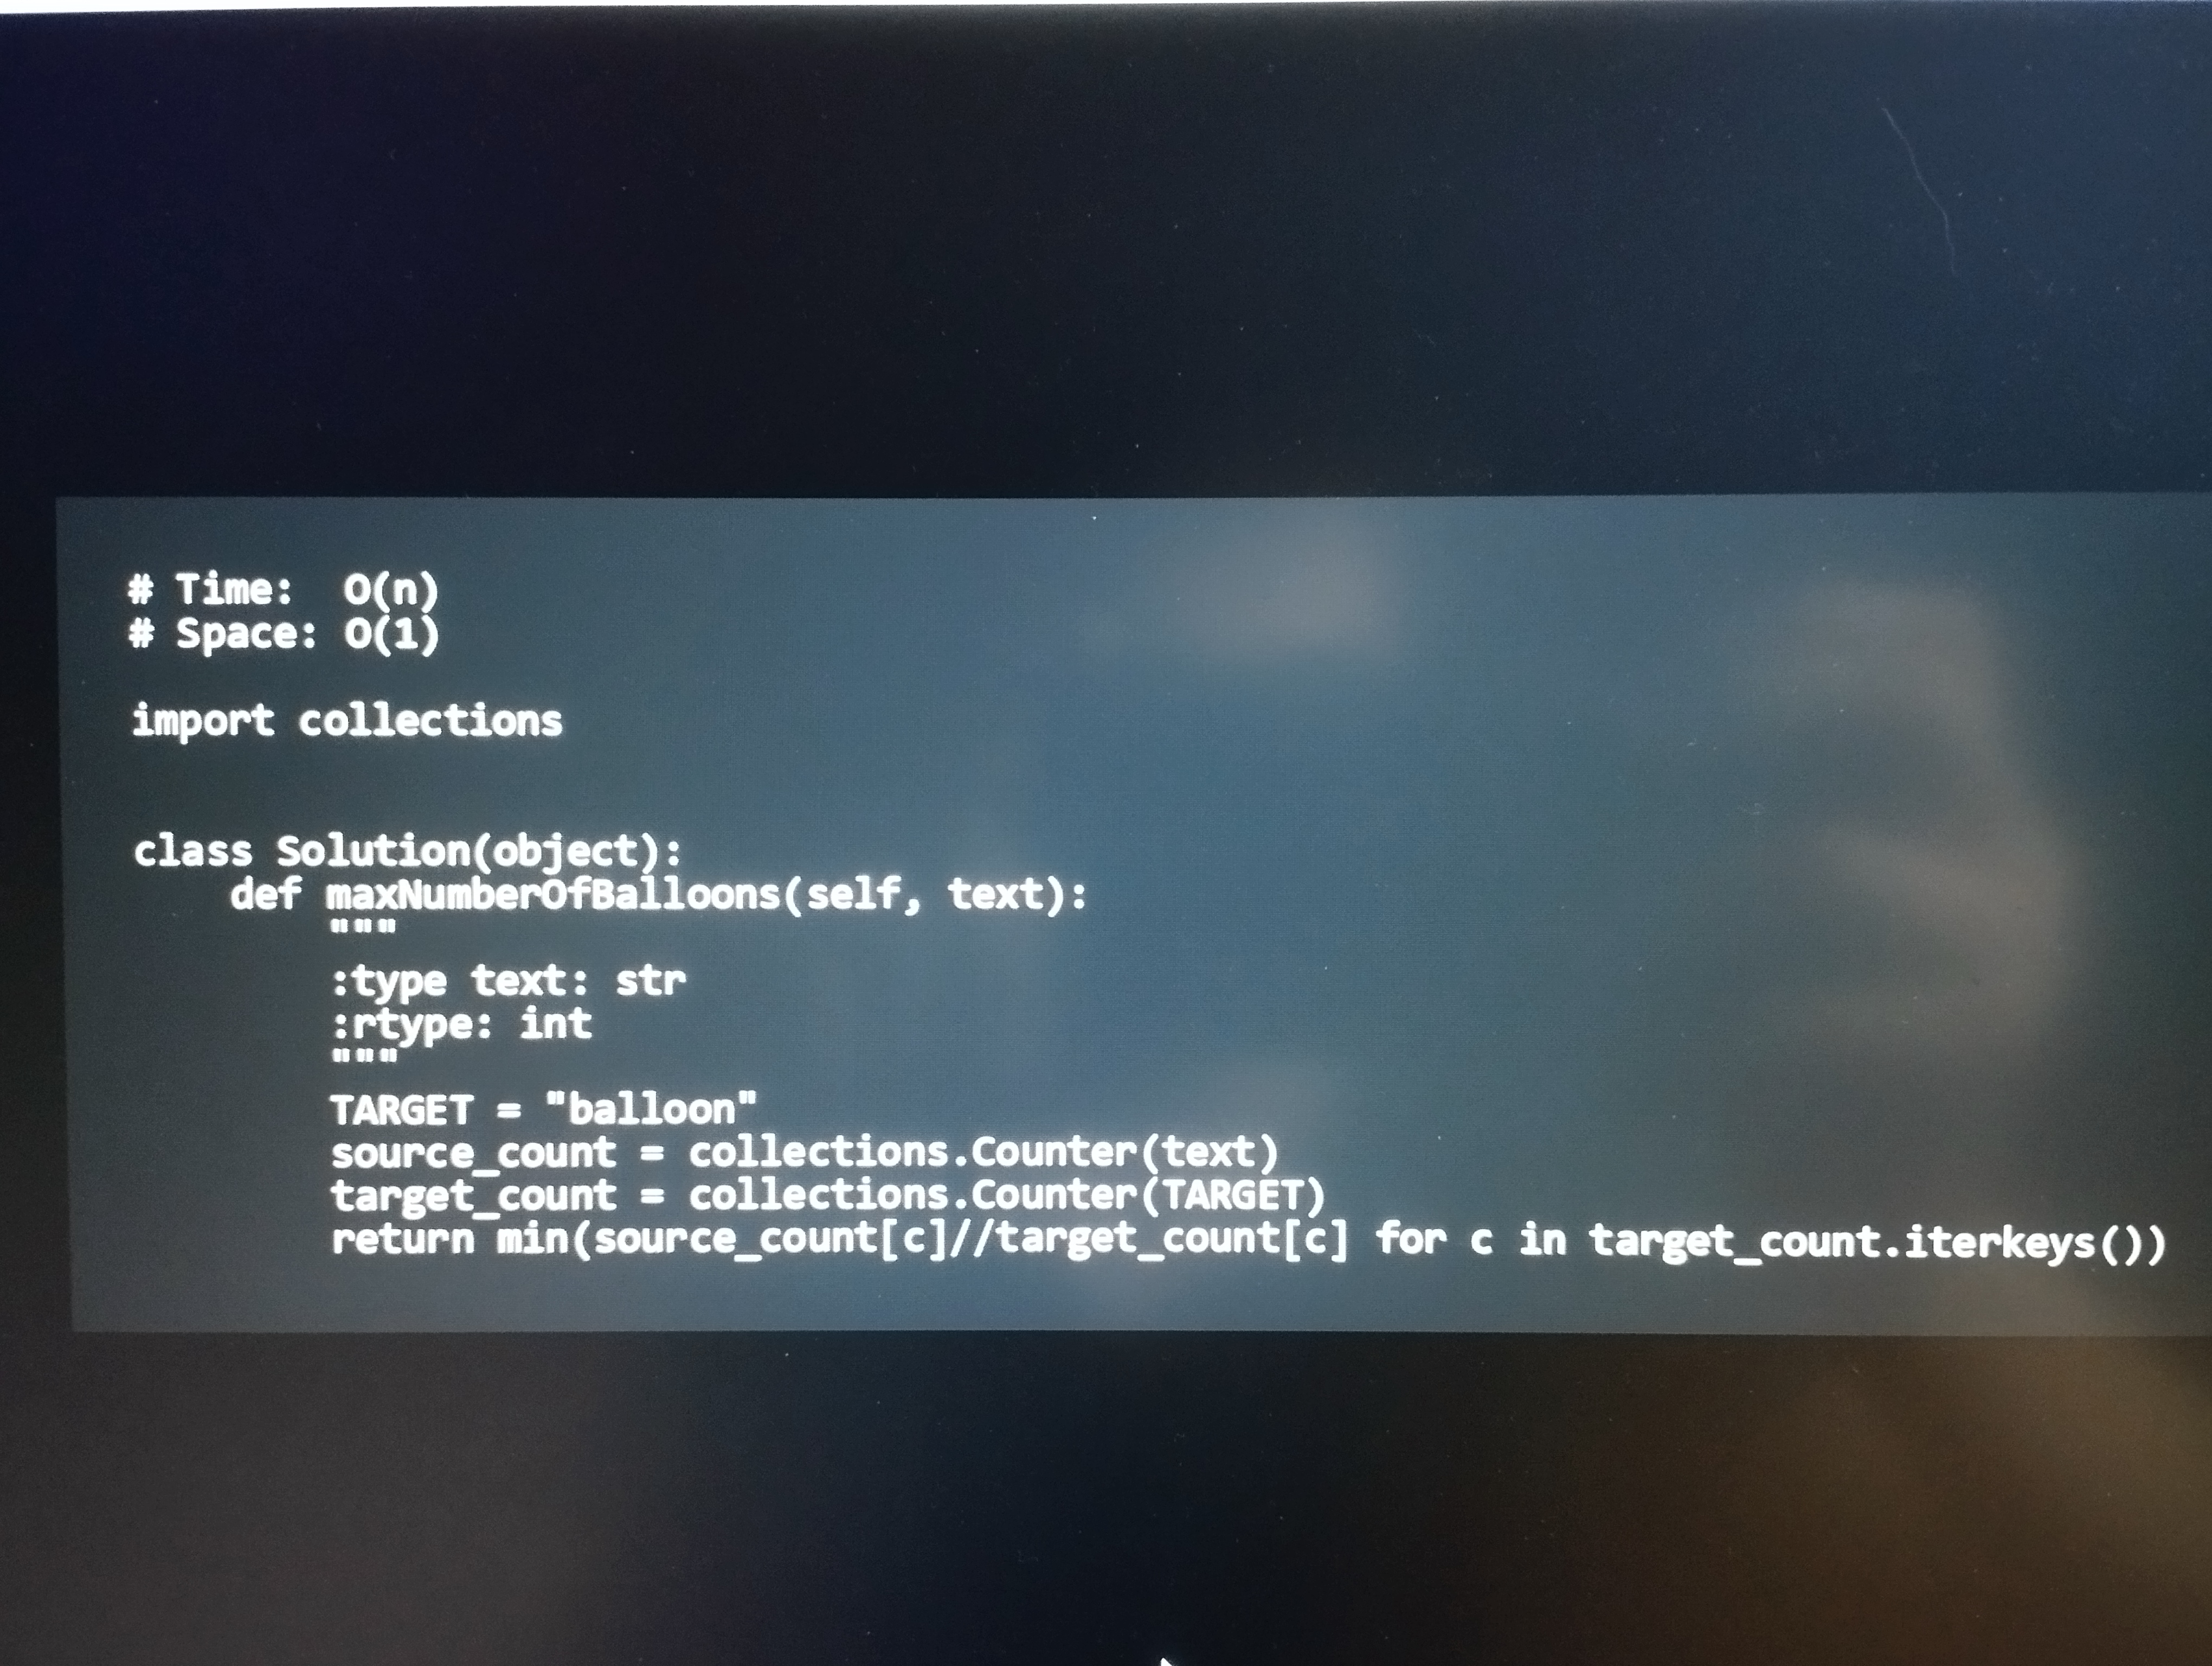
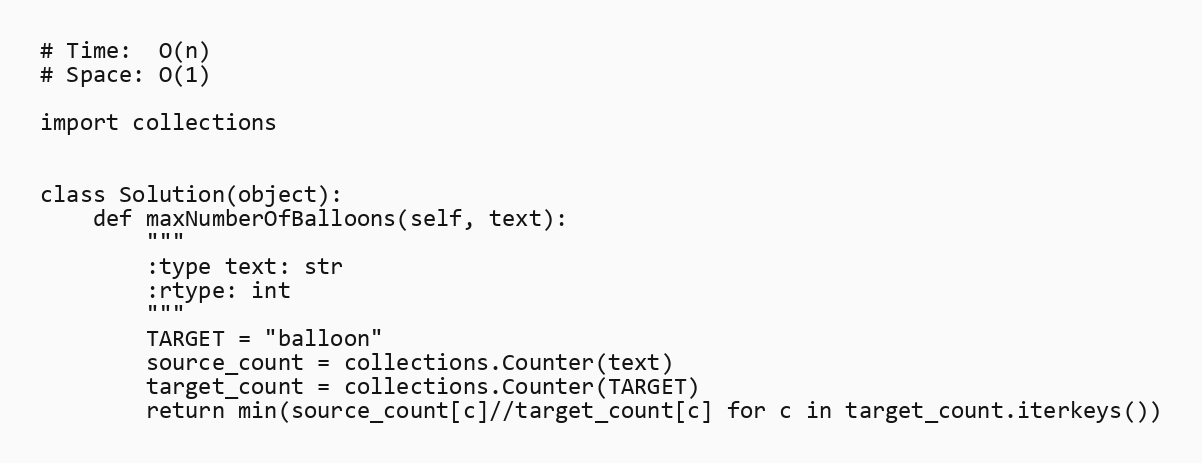
# Time:  O(n)
# Space: O(1)

import collections

class Solution(object):
    def maxNumberOfBalloons(self, text):
        """
        :type text: str
        :rtype: int
        """
        TARGET = "balloon"
        source_count = collections.Counter(text)
        target_count = collections.Counter(TARGET)
        return min(source_count[c]//target_count[c] for c in target_count.iterkeys())